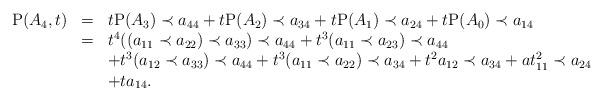
LaTeX: \begin{align*}\begin{array}{rcl}\mathrm P(A_4,t)&=&t\mathrm P(A_3)\prec a_{44}+t\mathrm P(A_2)\prec a_{34}+t\mathrm P(A_1)\prec a_{24}+t\mathrm P(A_0)\prec a_{14}\\&=&t^4((a_{11}\prec a_{22})\prec a_{33})\prec a_{44}+t^3(a_{11}\prec a_{23})\prec a_{44}\\&&+t^3(a_{12}\prec a_{33})\prec a_{44}+t^3(a_{11}\prec a_{22})\prec a_{34}+t^2a_{12}\prec a_{34}+at^2_{11}\prec a_{24}\\&&+ta_{14}.\end{array}\end{align*}